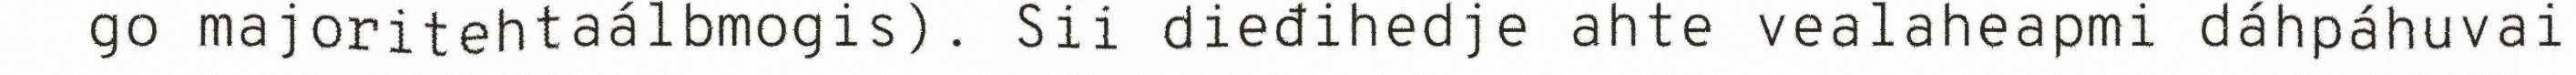
go majoritehtaálbmogis). Sii dieđihedje ahte vealaheapmi dáhpáhuvai